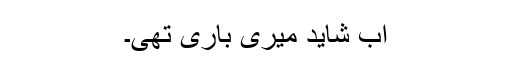
اب شاید میری باری تھی۔